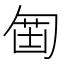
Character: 𠣲